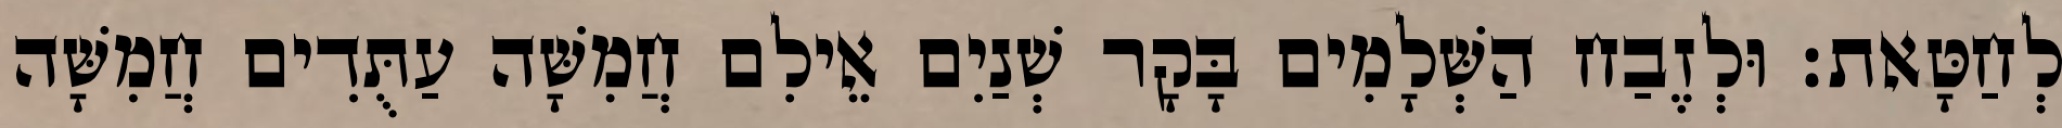
לְחַטָּאת׃ וּלְזֶבַח הַשְּׁלָמִים בָּקָר שְׁנַיִם אֵילִם חֲמִשָּׁה עַתֻּדִים חֲמִשָּׁה